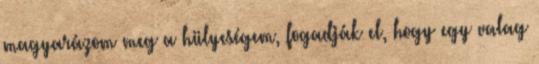
magyarázom meg a hülyeségem, fogadják el, hogy egy valag